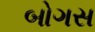
બોગસ